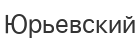
Юрьевский